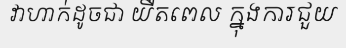
វាហាក់ដូចជា យឺតពេល ក្នុងការជួយ